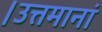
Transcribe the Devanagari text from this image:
।उत्तमानां